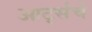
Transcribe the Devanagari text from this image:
आर्ट्सचे